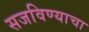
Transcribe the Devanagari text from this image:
सजविण्याचा